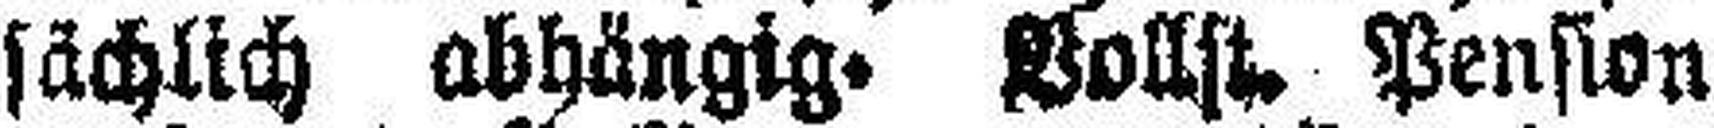
sächlich abhängig. Vollst. Pension